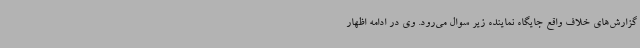
گزارش‌های خلاف واقع جایگاه نماینده زیر سوال می‌رود. وی در ادامه اظهار